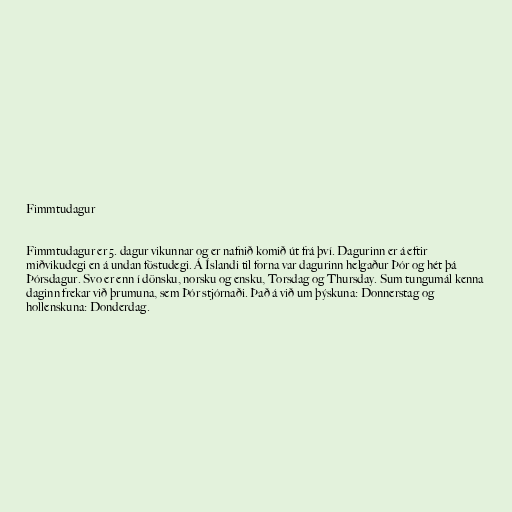
Fimmtudagur

Fimmtudagur er 5. dagur vikunnar og er nafnið komið út frá því. Dagurinn er á eftir
miðvikudegi en á undan föstudegi. Á Íslandi til forna var dagurinn helgaður Þór og hét þá
Þórsdagur. Svo er enn í dönsku, norsku og ensku, Torsdag og Thursday. Sum tungumál kenna
daginn frekar við þrumuna, sem Þór stjórnaði. Það á við um þýskuna: Donnerstag og
hollenskuna: Donderdag.